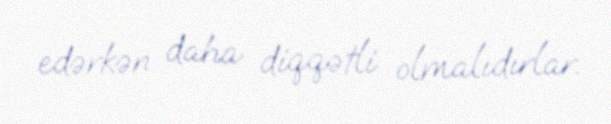
edərkən daha diqqətli olmalıdırlar.